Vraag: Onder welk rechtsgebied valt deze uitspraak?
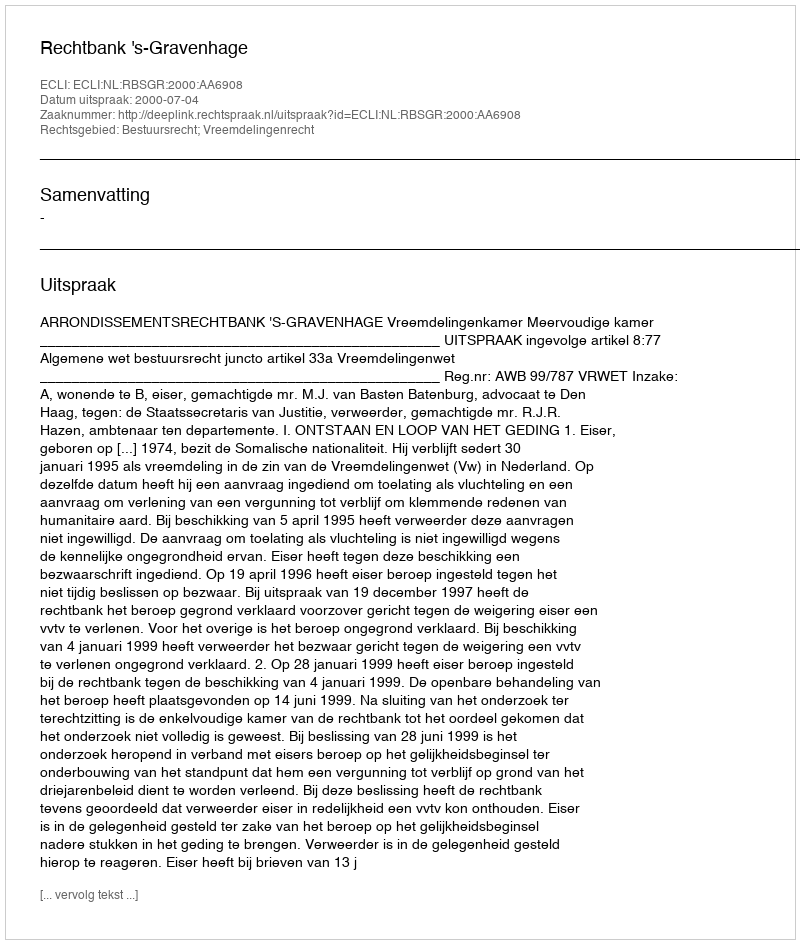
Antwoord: Bestuursrecht; Vreemdelingenrecht